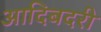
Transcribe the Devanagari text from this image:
आदिबदरी